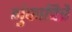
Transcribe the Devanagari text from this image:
गुंफाचित्रे